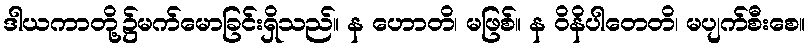
ဒါယကာတို့၌မက်မောခြင်းရှိသည်။ န ဟောတိ၊ မဖြစ်။ န ဝိနိပါတေတိ၊ မပျက်စီးစေ။